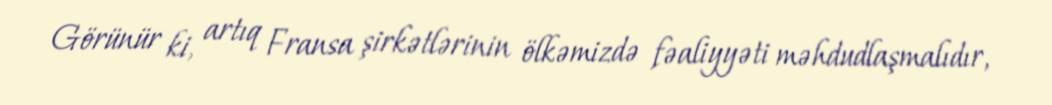
Görünür ki, artıq Fransa şirkətlərinin ölkəmizdə fəaliyyəti məhdudlaşmalıdır,